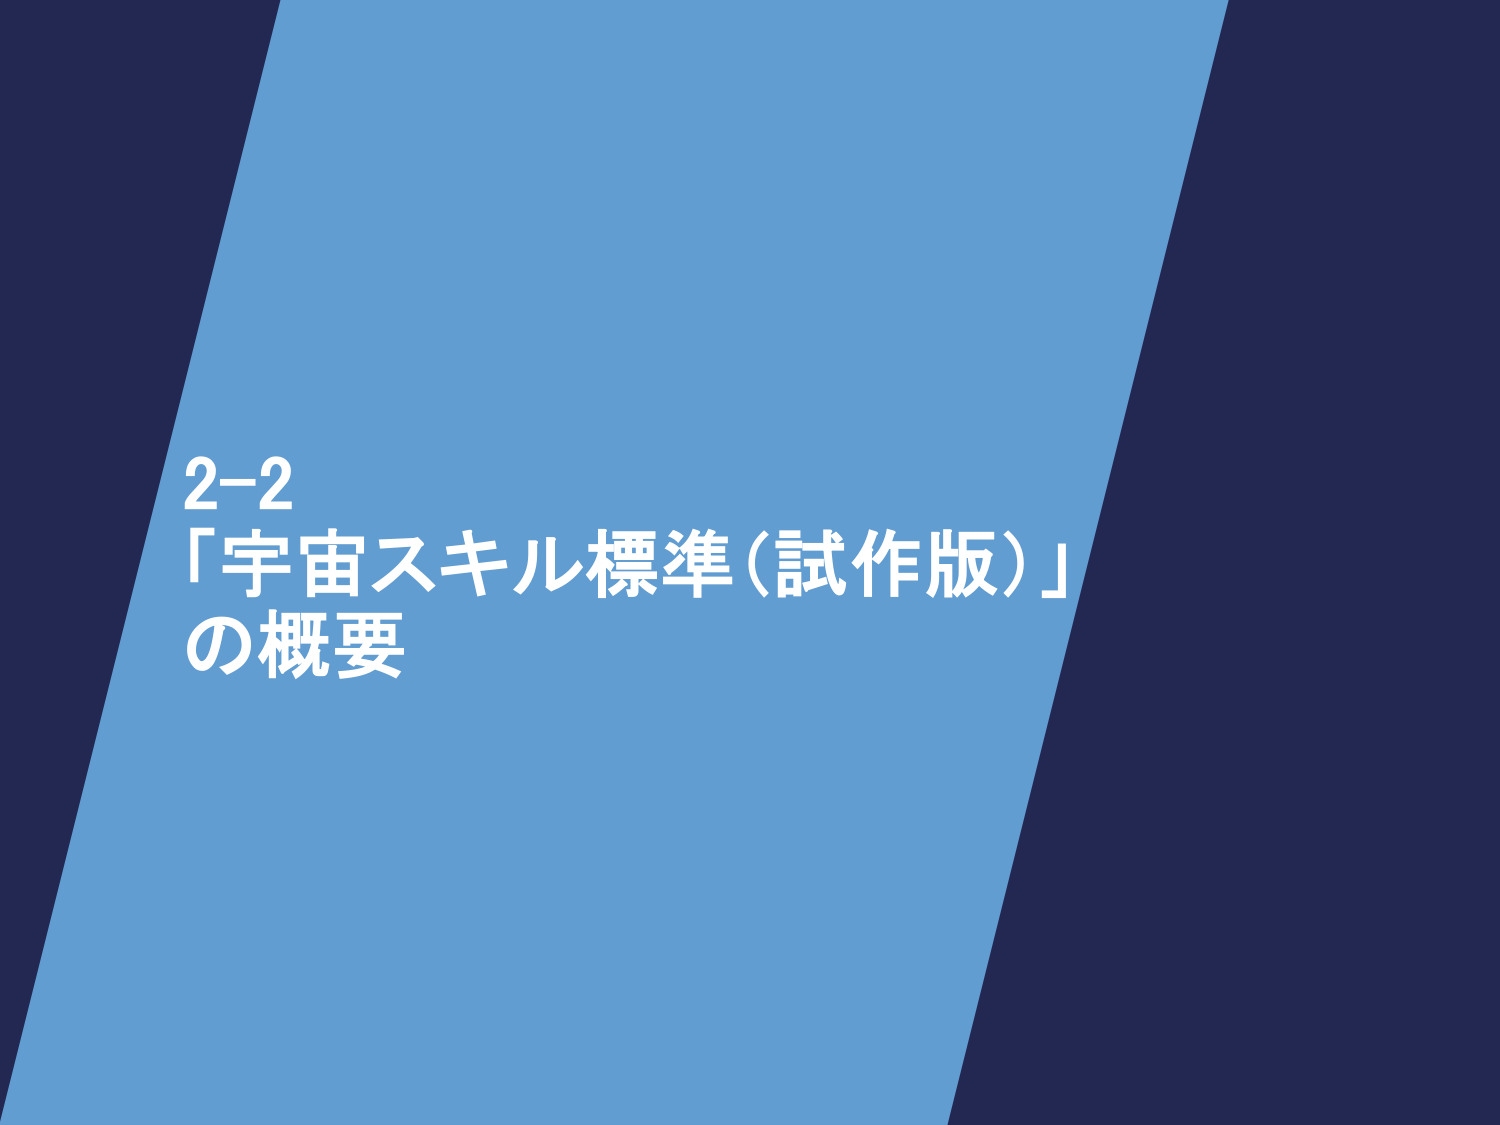
2-2
「宇宙スキル標準（試作版）」
の概要